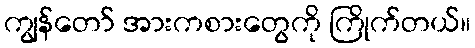
ကျွန်တော် အားကစားတွေကို ကြိုက်တယ်။